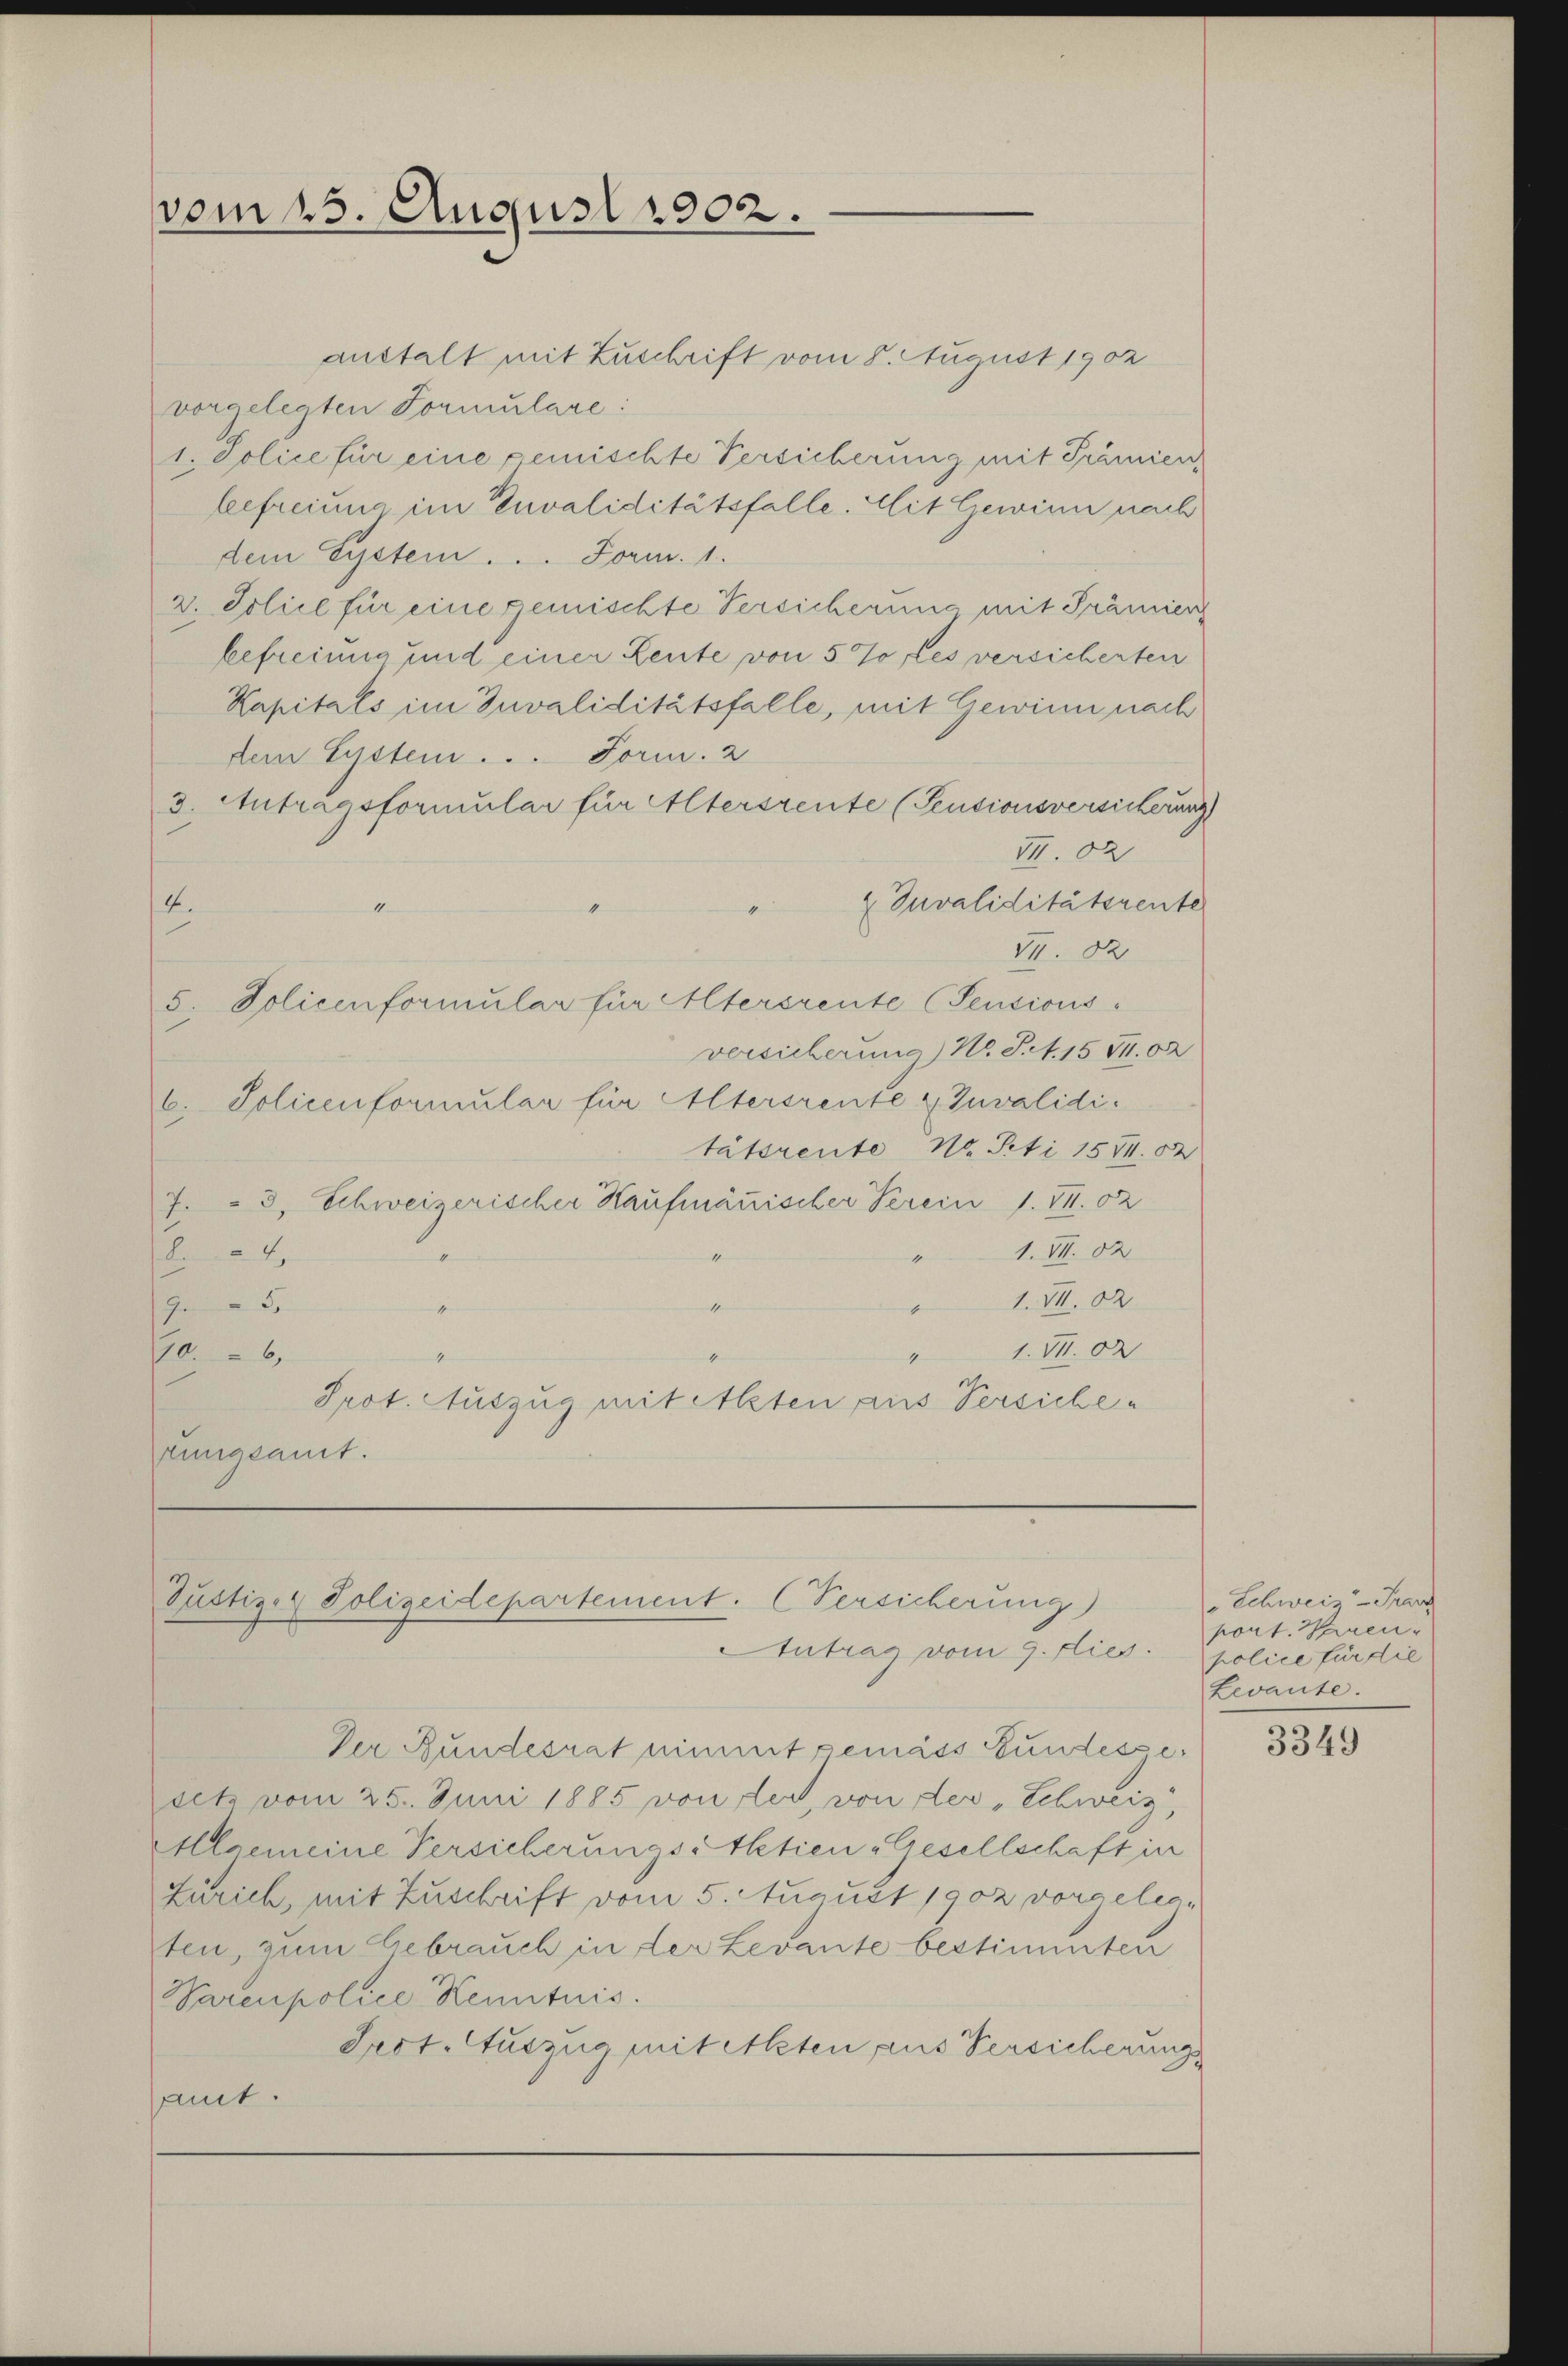
vom 15. August 1902.

anstalt mit Zuschrift vom 8. August 1902
vorgelegten Formulare:
1. Police für eine gemischte Versicherung mit Prämien,
befreiung im Invaliditätsfalle. Mit Gewinn nach
dem System . . . Form. 1.
2. Soliel für eine gemischte Versicherung mit Prämien
befreiung und einer Leute von 5 % des versicherten
Kapitals im Invaliditätsfalle, mit Gewinn nach
Dem System . . . Form. 2
3. Antragsformular für Altersrente (Feusionsversicherung
VII. 2
2 Juvaliditätsrente
4.
I. 82
5. Policenformular für Altersrente (Pensions-
versicherung N. S. 1571. 02
6. Policenformular für Altersrente Invalidi
tätsrente M. Peti 1571. 82
7. 3, Schweizerischer Kaufmännischer Verein s. VI. 02
1.VII. 32
4
1. VII. 2
9.5.
4
1
1. V.
70. 6,
4
Prot. Auszug mit Alten aus Versicherungsamt.

Justiz- & Polizeidepartement. (Versicherung)
Antrag vom 9. dies

Der Bundesrat nimmt gemäss Bundesgesetz vom 25. Juni 1885 von der, von der „Schweiz,
Allgemeine Versicherungsstktien Gesellschaft in
Zürich, mit Zuschrift vom 5. August 1902 vorgelegten, zum Gebrauch in der Levante bestimmten
Parenpolice Kenntnis.
Pect. Auszug mit Alten aus Versicherung
amt.

" Schweiz - Franz
port. Waren
police für die
Levante.

3349